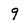
Character: 9